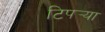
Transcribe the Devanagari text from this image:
टिपर्‍या